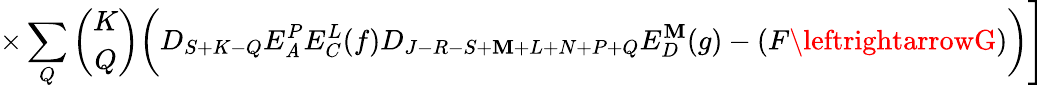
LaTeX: \times\sum_{Q}{\binom{K}{Q}}\biggl(D_{S+K-Q}E_{\mathit{A}}^{P}E_{C}^{L}(f)D_{J-R-S+\mathbf{M}+L+N+P+Q}E_{D}^{\mathbf{M}}(g)-(F\leftrightarrowG)\biggr)\Biggr]